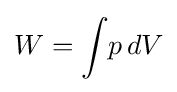
W=\int \!p\,dV